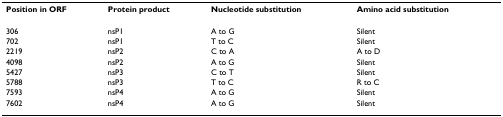
<table><thead><tr><td><b>Position in ORF</b></td><td><b>Protein product</b></td><td><b>Nucleotide substitution</b></td><td><b>Amino acid substitution</b></td></tr></thead><tbody><tr><td>306</td><td>nsP1</td><td>A to G</td><td>Silent</td></tr><tr><td>702</td><td>nsP1</td><td>T to C</td><td>Silent</td></tr><tr><td>2219</td><td>nsP2</td><td>C to A</td><td>A to D</td></tr><tr><td>4098</td><td>nsP2</td><td>A to G</td><td>Silent</td></tr><tr><td>5427</td><td>nsP3</td><td>C to T</td><td>Silent</td></tr><tr><td>5788</td><td>nsP3</td><td>T to C</td><td>R to C</td></tr><tr><td>7593</td><td>nsP4</td><td>A to G</td><td>Silent</td></tr><tr><td>7602</td><td>nsP4</td><td>A to G</td><td>Silent</td></tr></tbody></table>